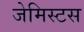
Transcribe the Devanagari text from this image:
जेमिस्टस